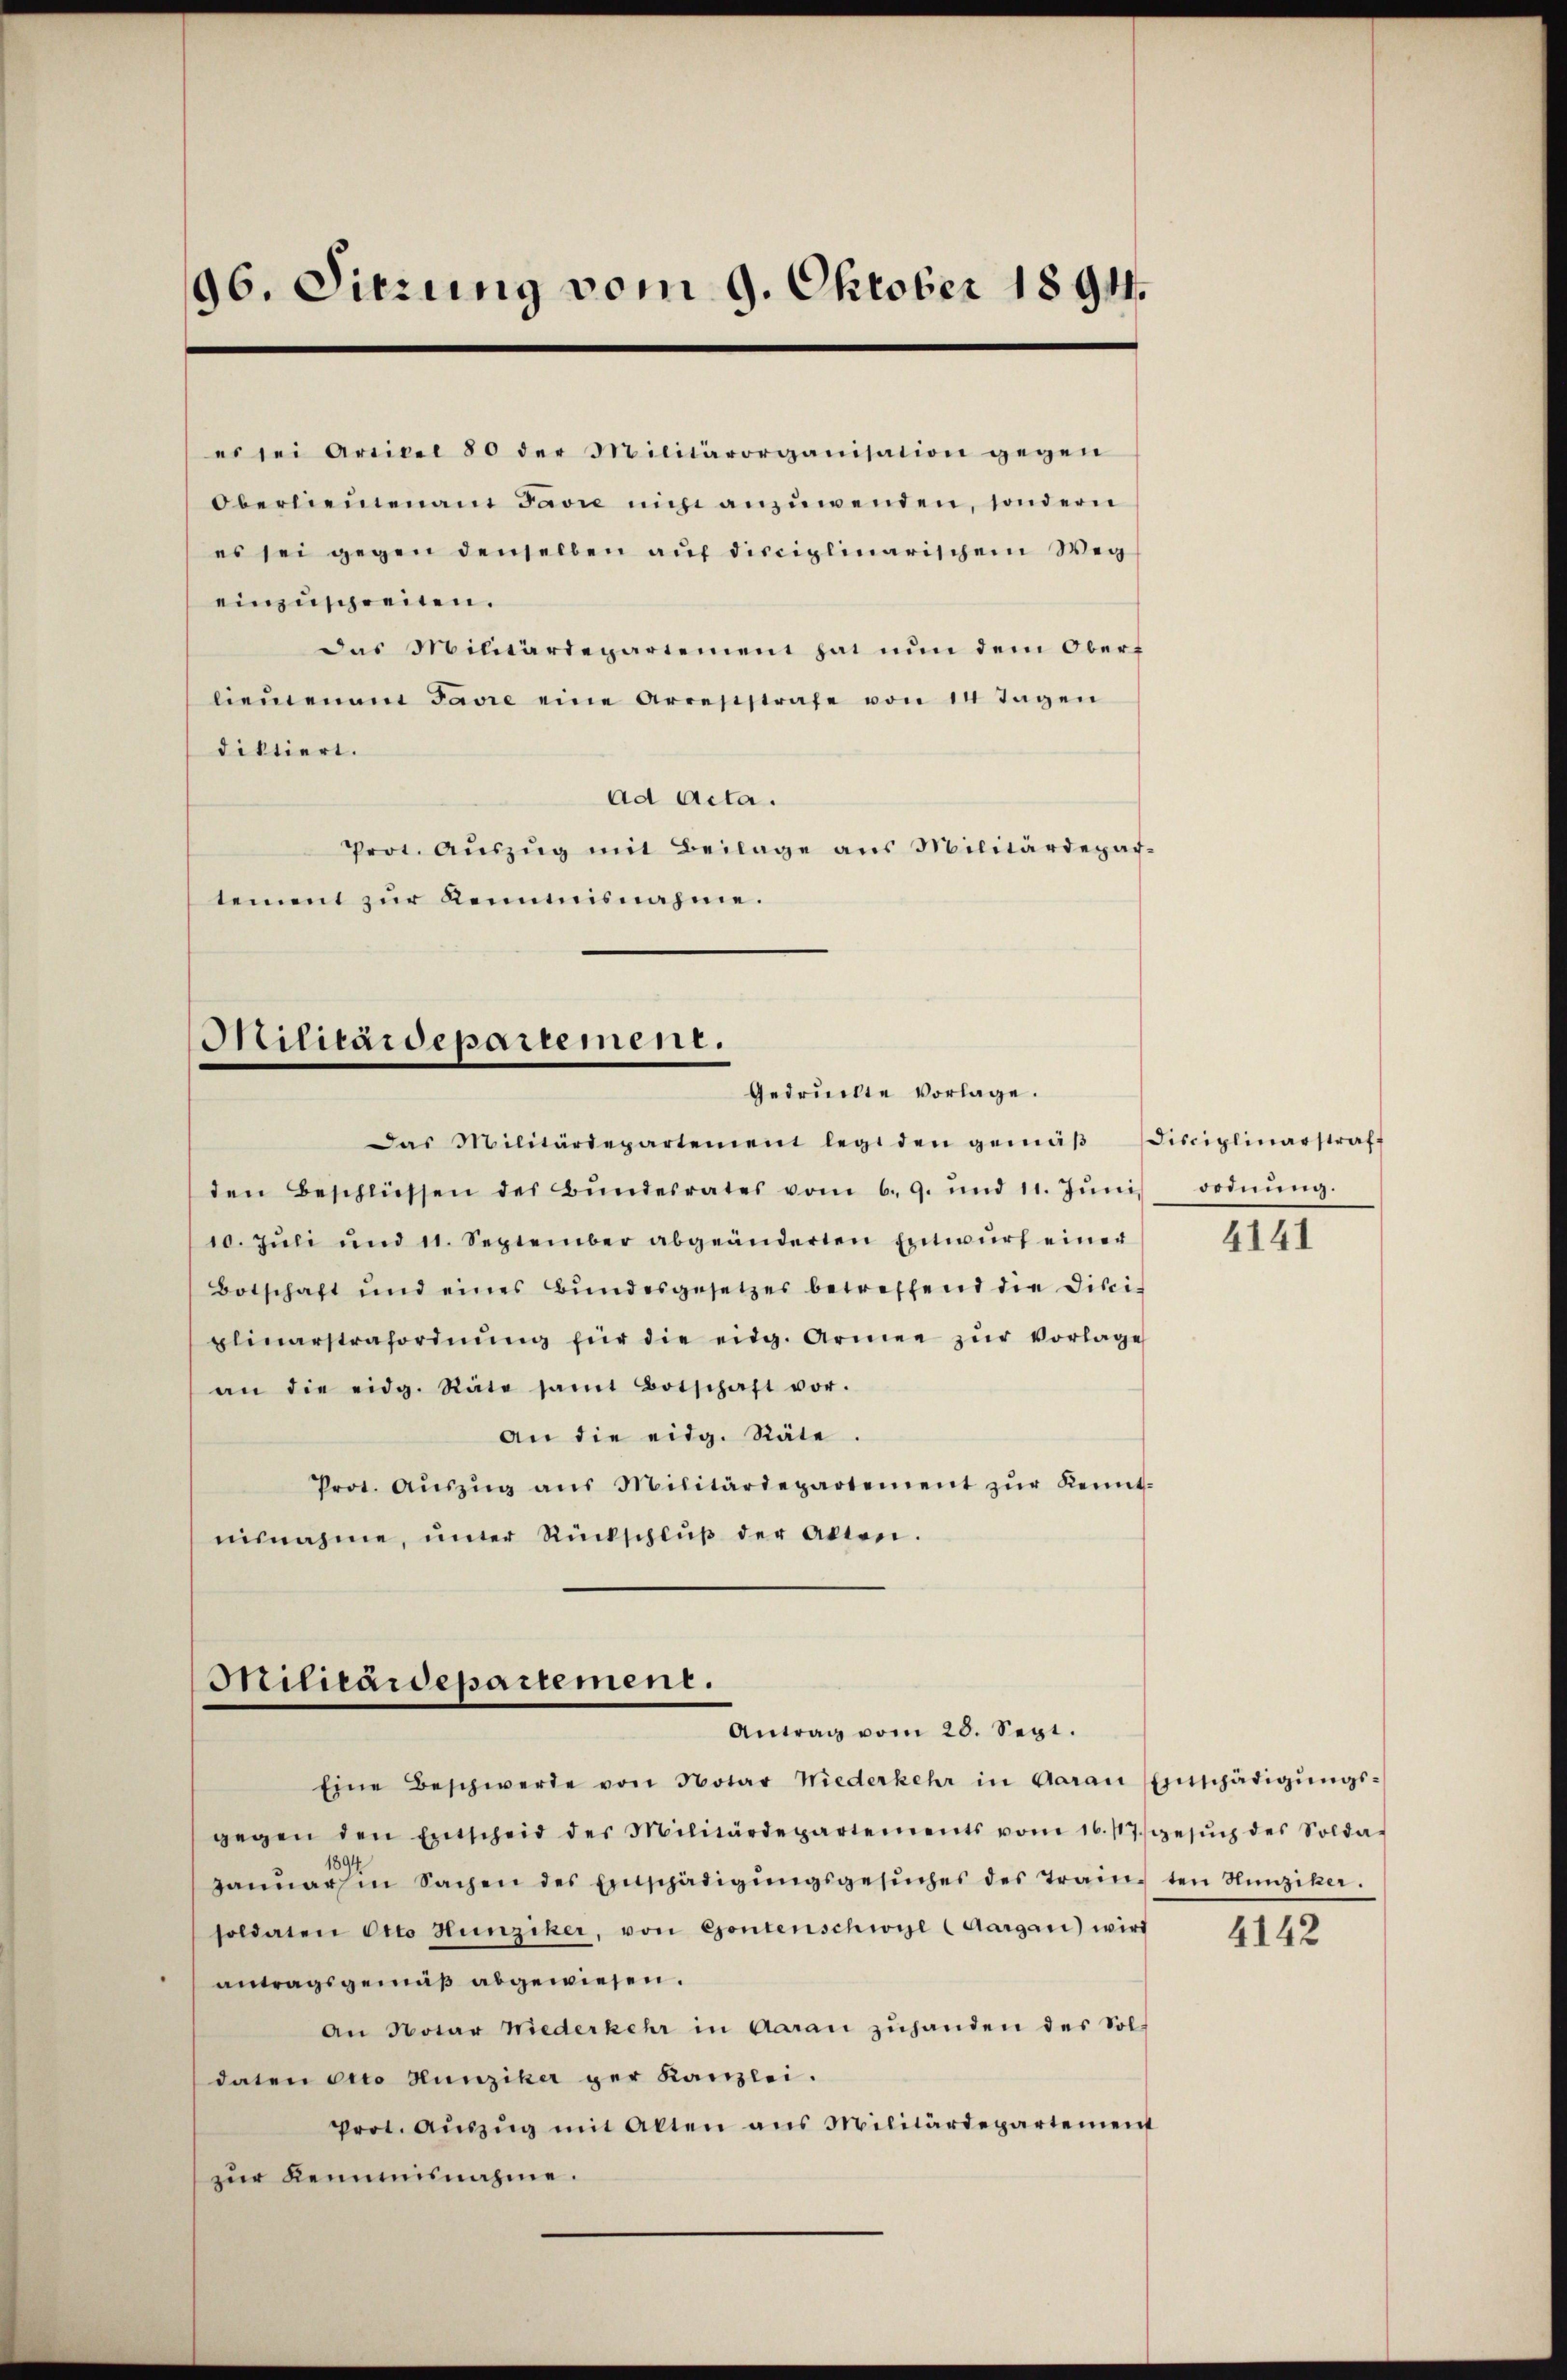
96. Sitzung vom 9. Oktober 1894.

es sei Artikel 80 der Militärorganisation gegen
Oberliedena Favre mich anzuwenden, sondern
es sei gegen denselben auf disciplinarischem Weg
einzuschreiten.
das Militärdepartement hat nŭn dem Obers
liemenan Favre eine Arreststrafe von 14 Tagen
diktiert.
ad Acta.
Prot. Aŭszŭg mit Beilage ans Militärdepar-
tement zur Kemnisnahme.

Militärdepartement.
Gedruckte Vorlage.

Das Militärdepartement legt den gemäβ Disciplinarstraff
den Beschlüssen des Bŭndesrates vom 6. 9. und 11. Jŭni
10. Jŭli und 11. September abgeänderten Entwŭrf einer
Botschaft und eines Bŭndesgesetzes betreffend die Disci-
plinarstrafordnŭng für die eidg. Armee zŭr Vorlage
an die eidg. Räte samt Botschaft vor.
an die eidg. Räte.
Prot. Aŭszŭg aŭs Militärdepartement zŭr Kennt-
nisnahme, ŭnter Rückschlŭβ der Akten.

Militärdepartement.
Antrag vom 28. Sept.

Eine Beschwerde von Notar Niederkehr in Aarau Einschädigŭngs-
gegen den Entscheid der Militärdepartements vom 16. 117. Gesŭch des Solda-
ganŭars in Sachen des Einschädigŭngsgesŭches des Trainten Hunziker.
soldaten Otto Hunziker, von Gontenschwyl (Aargau) wird
antragsgemäß abgewiesen.
An Notar Niederkehr in Aarau zuhanden des Soldaten dico Hunziker ger Kanzlei.
prot. Aŭszŭg mit Alten ans Militärdepartement
zur Kemnisnahme.

ordnung.

4141

4142